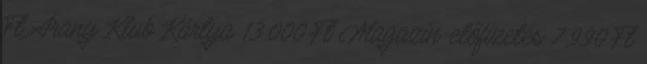
Ft Arany Klub Kártya 13.000 Ft Magazin-előfizetés 7.990 Ft